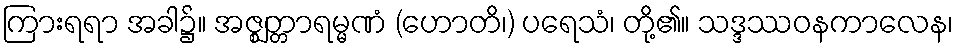
ကြားရရာ အခါ၌။ အဇ္ဈတ္တာရမ္မဏံ (ဟောတိ၊) ပရေသံ၊ တို့၏။ သဒ္ဒဿဝနကာလေန၊